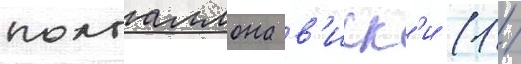
полгаллона в'иск'и (1 /